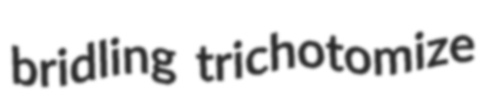
bridling trichotomize